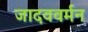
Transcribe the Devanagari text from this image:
जादववर्मन